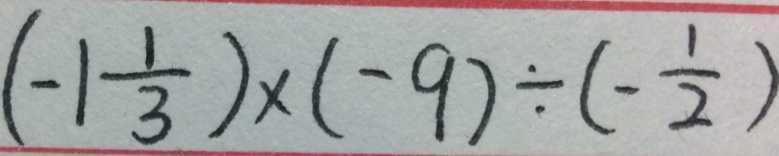
( - 1 \frac { 1 } { 3 } ) \times ( - 9 ) \div ( - \frac { 1 } { 2 } )